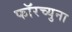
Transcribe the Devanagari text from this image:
फॉरच्युना